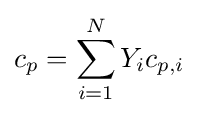
c_{p}=\sum _{i=1}^{N}Y_{i}c_{p,i}